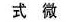
式微